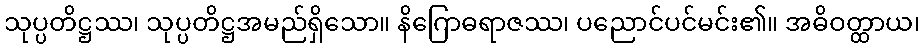
သုပ္ပတိဋ္ဌဿ၊ သုပ္ပတိဋ္ဌအမည်ရှိသော။ နိဂြောဓရာဇဿ၊ ပညောင်ပင်မင်း၏။ အဓိဝတ္ထာယ၊